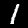
Digit: 1